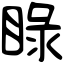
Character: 睩